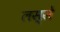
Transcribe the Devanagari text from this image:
लस्से